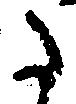
た